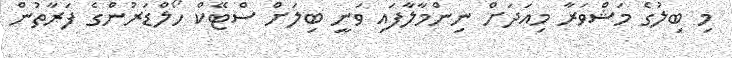
މި ބިލުގެ މަޝްވަރާ މިއަދަށް ނިންމާލާފައި ވަނީ ބިލަށް ސްޓޭކް ހޯލްޑަރުންގެ ފަރާތުން